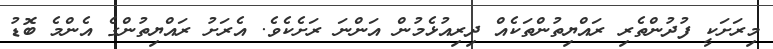
މިރަށަކީ ފުދުންތެރި ރައްޔިތުންތަކެއް ދިރިއުޅެމުން އަންނަ ރަށެކެވެ. އެރަށު ރައްޔިތުންގެ އެންމެ ބޮޑު